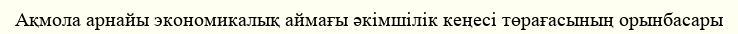
Ақмола арнайы экономикалық аймағы әкімшілік кеңесі төрағасының орынбасары